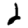
Digit: 2